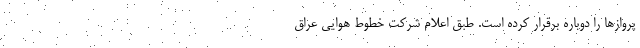
پروازها را دوباره برقرار کرده است. طبق اعلام شرکت خطوط هوایی عراق